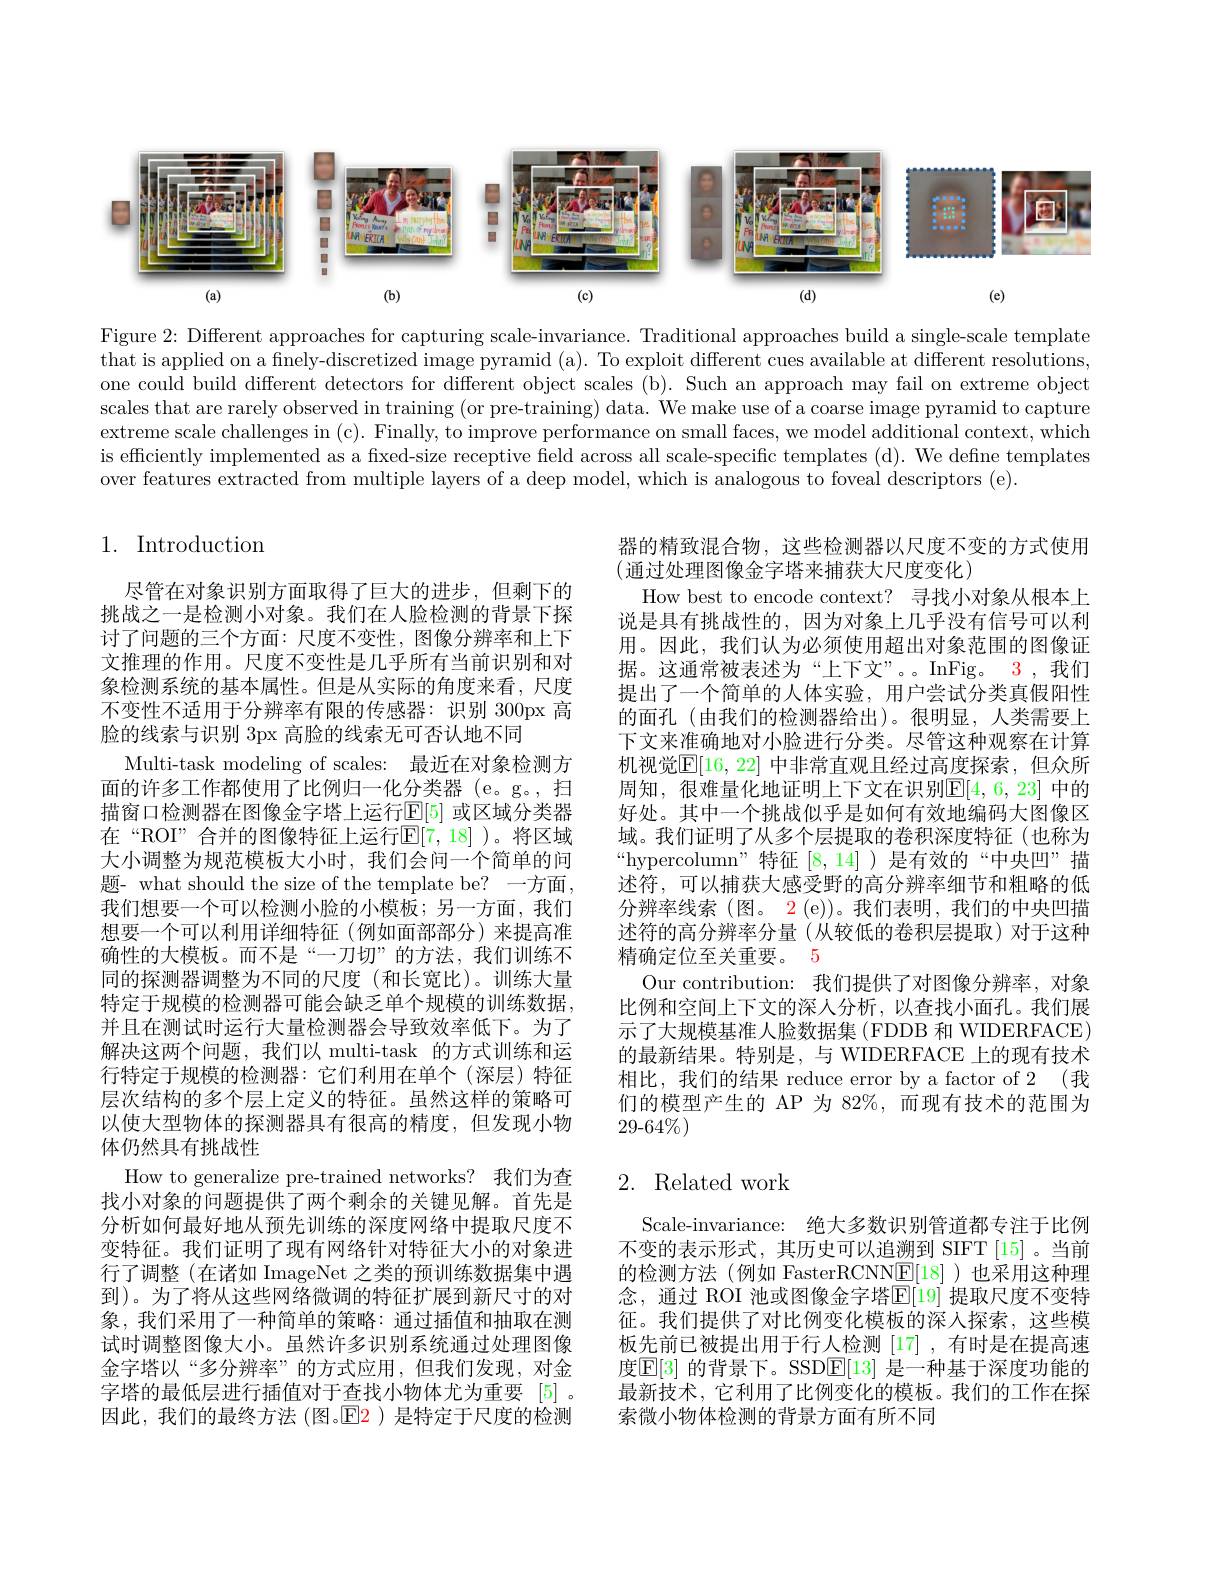
<FigureHere>

Figure $2{:\text{Different approaches for capturing scale-invariance. Traditional approaches build a single-scale template}}$ that is applied on a finely-discretized image pyramid (a). To exploit different cues available at different resolutions, one could build different detectors for different object scales (b). Such an approach may fail on extreme object scales that are rarely observed in training (or pre-training) data. We make use of a coarse image pyramid to capture extreme scale challenges in (c). Finally, to improve performance on small faces, we model additional context, which is efficiently implemented as a fixed-size receptive field across all scale-specific templates (d). We define templates over features extracted from multiple layers of a deep model, which is analogous to foveal descriptors (e).

# 1. Introduction

器的精致混合物，这些检测器以尺度不变的方式使用
(通过处理图像金字塔来捕获大尺度变化)
How best to encode context? 寻找小对象从根本上说是具有挑战性的，因为对象上几乎没有信号可以利用。因此，我们认为必须使用超出对象范围的图像证据。这通常被表述为“上下文”。。InFig。3,我们提出了一个简单的人体实验，用户尝试分类真假阳性的面孔(由我们的检测器给出)。很明显，人类需要上下文来准确地对小脸进行分类。尽管这种观察在计算机视觉$\mathbb{E}[16,22]$ 中非常直观且经过高度探索，但众所周知，很难量化地证明上下文在识别$\mathbb{E}[4,6,23]$ 中的好处。其中一个挑战似乎是如何有效地编码大图像区域。我们证明了从多个层提取的卷积深度特征(也称为“hypercolumn”特征[8,14])是有效的“中央凹”描述符，可以捕获大感受野的高分辨率细节和粗略的低分辨率线索 (图。2 (e))。我们表明，我们的中央凹描述符的高分辨率分量(从较低的卷积层提取)对于这种精确定位至关重要。5
Our contribution: 我们提供了对图像分辨率，对象比例和空间上下文的深人分析，以查找小面孔。我们展示了大规模基准人脸数据集(FDDB 和 WIDERFACE) 的最新结果。特别是，与 WIDERFACE 上的现有技术相比，我们的结果 reduce error by a factor of 2 (我们的模型产生的 AP 为 82%,而现有技术的范围为$29-64\%)$

尽管在对象识别方面取得了巨大的进步，但剩下的挑战之一是检测小对象。我们在人脸检测的背景下探讨了问题的三个方面：尺度不变性，图像分辨率和上下文推理的作用。尺度不变性是几乎所有当前识别和对象检测系统的基本属性。但是从实际的角度来看，尺度不变性不适用于分辨率有限的传感器：识别 300px 高脸的线索与识别 3px 高脸的线索无可否认地不同
Multi-task modeling of scales: 最近在对象检测方面的许多工作都使用了比例归一化分类器(e。g。, 扫描窗口检测器在图像金字塔上运行$\mathbb{E}[5]$ 或区域分类器在“ROI”合并的图像特征上运行$\mathbb{E}[7,18]$)。将区域大小调整为规范模板大小时，我们会问一个简单的问题- what should the size of the template be? 一方面， 我们想要一个可以检测小脸的小模板；另一方面，我们想要一个可以利用详细特征(例如面部部分)来提高准确性的大模板。而不是“一刀切”的方法，我们训练不同的探测器调整为不同的尺度(和长宽比)。训练大量特定于规模的检测器可能会缺乏单个规模的训练数据， 并且在测试时运行大量检测器会导致效率低下。为了解决这两个问题，我们以 multi-task 的方式训练和运行特定于规模的检测器：它们利用在单个(深层)特征层次结构的多个层上定义的特征。虽然这样的策略可以使大型物体的探测器具有很高的精度，但发现小物体仍然具有挑战性
How to generalize pre-trained networks? 我们为查找小对象的问题提供了两个剩余的关键见解。首先是分析如何最好地从预先训练的深度网络中提取尺度不变特征。我们证明了现有网络针对特征大小的对象进行了调整 (在诸如 ImageNet 之类的预训练数据集中遇到)。为了将从这些网络微调的特征扩展到新尺寸的对象，我们采用了一种简单的策略：通过插值和抽取在测试时调整图像大小。虽然许多识别系统通过处理图像金字塔以“多分辨率”的方式应用，但我们发现，对金字塔的最低层进行插值对于查找小物体尤为重要 [5] 。因此，我们的最终方法 (图。E2 )是特定于尺度的检测

## 2. Related work

Scale-invariance: 绝大多数识别管道都专注于比例不变的表示形式，其历史可以追溯到 SIFT[15]。当前的检测方法(例如 FasterRCNN$\boxed{\mathrm{E}}[18]$)也采用这种理念，通过 ROI 池或图像金字塔$\mathbb{E}[19]$ 提取尺度不变特征。我们提供了对比例变化模板的深人探索，这些模板先前已被提出用于行人检测[17] ,有时是在提高速度$\boxed{\mathrm{E}[3]\text{ 的背景下。SSDE}[13]\text{ 是一种基于深度功能的}}$ 最新技术，它利用了比例变化的模板。我们的工作在探索微小物体检测的背景方面有所不同